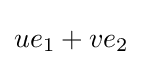
ue_{1}+ve_{2}